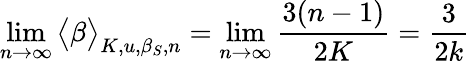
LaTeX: \operatorname*{lim}_{n\rightarrow\infty}\big<\beta\big>_{K,u,\beta_{S},n}=\operatorname*{lim}_{n\rightarrow\infty}\frac{3(n-1)}{2K}=\frac{3}{2k}